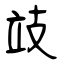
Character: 攱